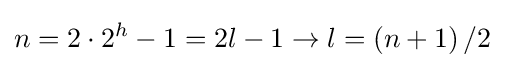
n=2\cdot {{2}^{h}}-1=2l-1\to l=\left(n+1\right)/2